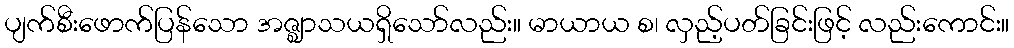
ပျက်စီးဖောက်ပြန်သော အဇ္ဈာသယရှိသော်လည်း။ မာယာယ စ၊ လှည့်ပတ်ခြင်းဖြင့် လည်းကောင်း။